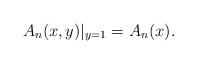
LaTeX: \begin{align*}A_{n}(x,y)|_{y=1}=A_n(x).\end{align*}